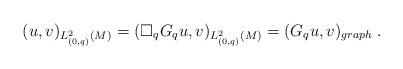
LaTeX: \begin{align*}(u,v)_{L^2_{(0,q)}(M)} = (\square_qG_qu,v)_{L^2_{(0,q)}(M)} = (G_q u,v)_{graph}\;.\end{align*}